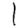
Digit: 1